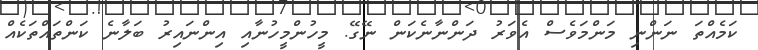
ކަމެއްތަ ނަންނި މަންމަވެސް އެވަރު ދަންނާނެކަން ނޭގޭ. މީހުންމީހުނާއި އިންނައިރު ބަލާނެ ކަންތައްތަކެއް